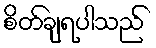
စိတ်ချရပါသည်